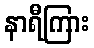
နာရီကြား